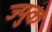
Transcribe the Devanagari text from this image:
ज्युक